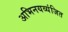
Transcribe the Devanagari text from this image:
अभिनयव्यंजित